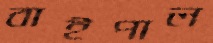
বাইপাল